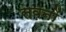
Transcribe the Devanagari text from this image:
सवनों